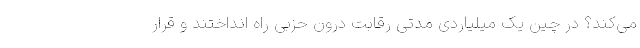
می‌کند؟ در چین یک میلیاردی مدتی رقابت درون حزبی راه انداختند و قرار